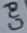
Text: Gnd